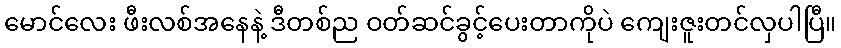
မောင်လေး ဖီးလစ်အနေနဲ့ ဒီတစ်ည ဝတ်ဆင်ခွင့်ပေးတာကိုပဲ ကျေးဇူးတင်လှပါပြီ။